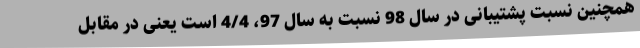
همچنین نسبت پشتیبانی در سال 98 نسبت به سال 97، 4/4 است یعنی در مقابل